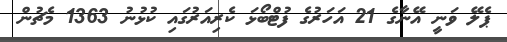
ޕެލޭ ވަނީ އޭނާގެ 21 އަހަރުގެ ފުޓްބޯޅަ ކެރިއަރުގައި ކުޅުނު 1363 މެޗުން